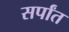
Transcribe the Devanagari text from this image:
सर्पांत